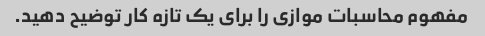
مفهوم محاسبات موازی را برای یک تازه کار توضیح دهید.